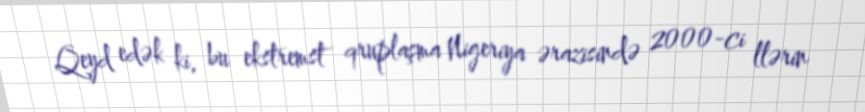
Qeyd edək ki, bu ekstremst qruplaşma Nigeriya ərazisində 2000-ci llərin